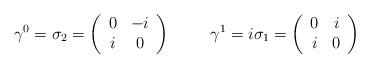
LaTeX: \begin{align*}\gamma^0=\sigma_2=\left(\begin{array}{cc}0&-i\\i&0\\\end{array}\right)\hspace{1cm}\gamma^1=i\sigma_1=\left(\begin{array}{cc}0&i\\i&0\\\end{array}\right)\end{align*}